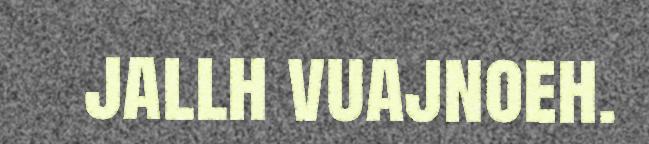
jallh vuajnoeh.